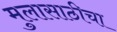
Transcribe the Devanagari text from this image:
मुलासाठीचा